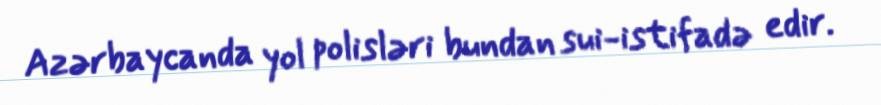
Azərbaycanda yol polisləri bundan sui-istifadə edir.